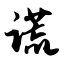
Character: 谎